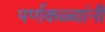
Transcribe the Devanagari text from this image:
पर्णकळ्यांनी